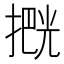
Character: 𫽶